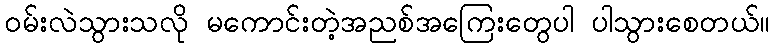
ဝမ်းလဲသွားသလို မကောင်းတဲ့အညစ်အကြေးတွေပါ ပါသွားစေတယ်။